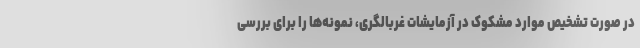
در صورت تشخیص موارد مشکوک در آزمایشات غربالگری، نمونه‌ها را برای بررسی